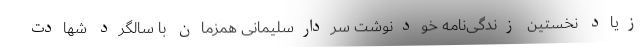
زیاد نخستین زندگی‌نامه خودنوشت سردارسلیمانی همزمان با سالگرد شهادت